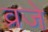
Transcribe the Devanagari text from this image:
व्रजे